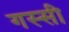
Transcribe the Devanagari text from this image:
गस्सी